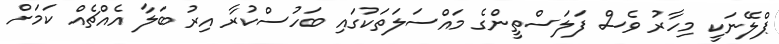
ޕްލޭނަކީ މިހާރު ވެސް ފަލަސްތީންގެ މައްސަލަތަކުގައި ބަހުސްކުރާ އިރު ބަލާ އެއްޗެއް ކަމަށް